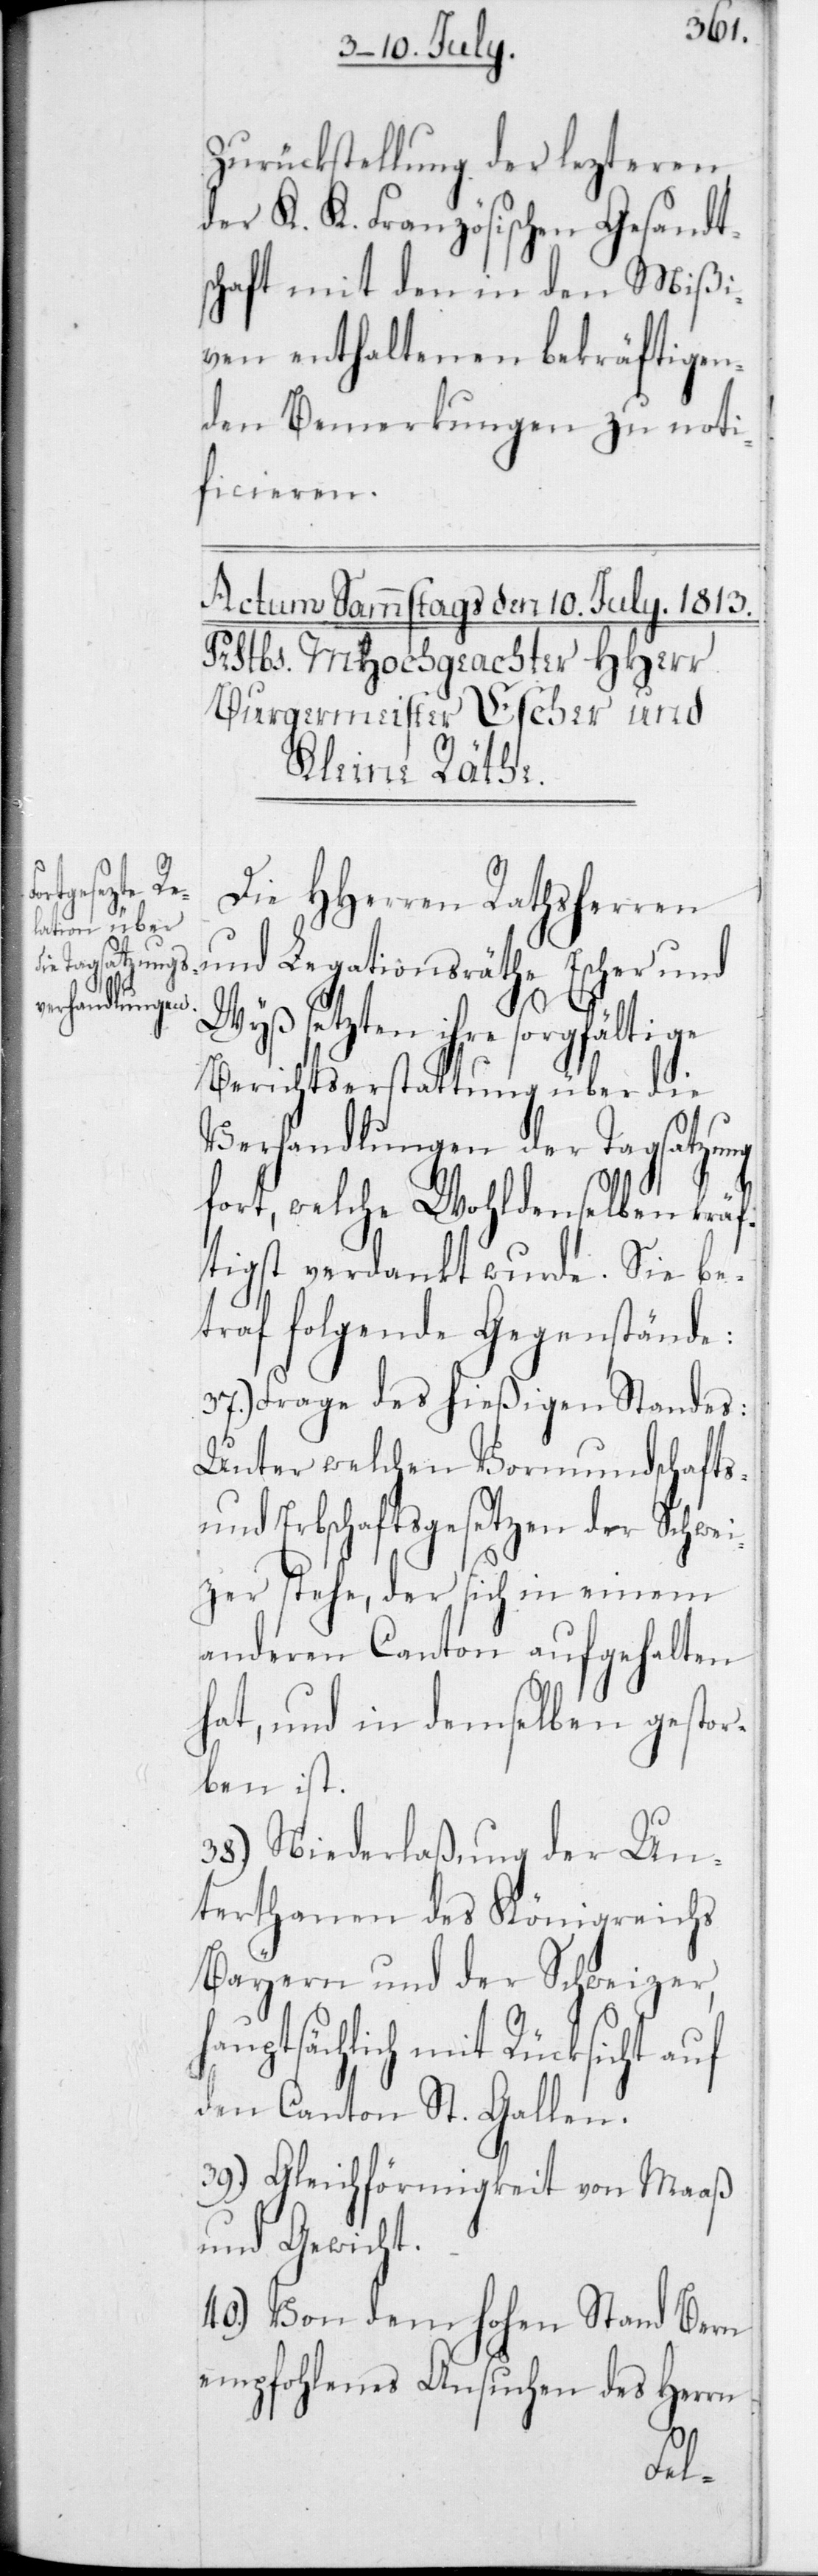
Zurückstellung der lezteren
der K. K. Französischen Gesandt¬
schaft mit den in den Mißi¬
ven enthaltenen bekräftigen¬
den Bemerkungen zu noti¬
ficieren.
Die HHerren Rathsherren
und Legationsräthe Escher und
Wyß setzten ihre sorgfältige
Berichtserstattung über die
Verhandlungen der Tagsatzung
fort, welche wohldemselben kräf¬
tigst verdankt wurde. Sie be¬
traf folgende Gegenstände:
37.) Frage des hießigen Standes:
Unter welchen Vormundschafts-
und Erbschaftsgesetzen der Schwei¬
zer stehe, der sich in einem
anderen Canton aufgehalten
hat, und in demselben gestor¬
ben ist.
38.) Niederlaßung der Un¬
terthanen des Königreichs
Bayern und der Schweizer,
hauptsächlich mit Rücksicht auf
den Canton St. Gallen.
39.) Gleichförmigkeit von Maaß
und Gewicht.
40.) Von dem Hohen Stand Bern
empfohlenes Ansuchen des Herrn